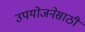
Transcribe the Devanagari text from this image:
उपयोजनेसाठी